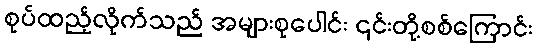
စုပ်ထည့်လိုက်သည် အများစုပေါင်း ၎င်းတို့စစ်ကြောင်း